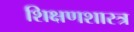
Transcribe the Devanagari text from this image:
शिक्षणशास्‍त्र